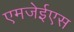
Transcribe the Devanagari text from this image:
एमजेईएस